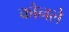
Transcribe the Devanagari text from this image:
कोनले